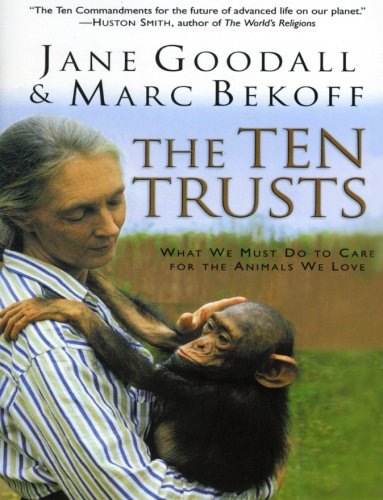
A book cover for The Ten Trusts: What We Must Do to Care for The Animals We Love; Jane Goodall; Science & Math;